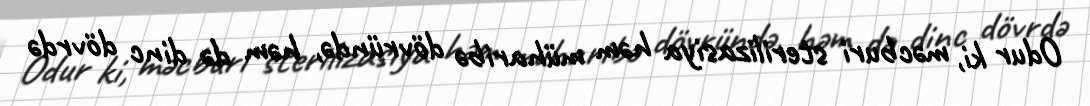
Odur ki, məcburi sterilizasiya həm müharibə dövründə, həm də dinc dövrdə